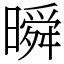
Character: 𣊬